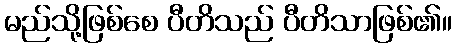
မည်သို့ဖြစ်စေ ပီတိသည် ပီတိသာဖြစ်၏။